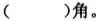
()角。